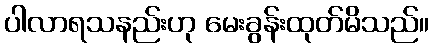
ပါလာရသနည်းဟု မေးခွန်းထုတ်မိသည်။